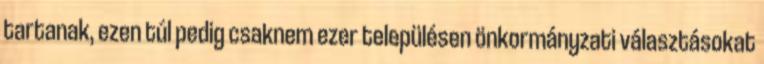
tartanak, ezen túl pedig csaknem ezer településen önkormányzati választásokat